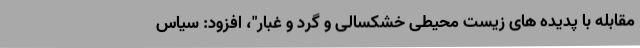
مقابله با پدیده های زیست محیطی خشکسالی و گرد و غبار"، افزود: سیاس